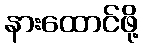
နားထောင်ဖို့